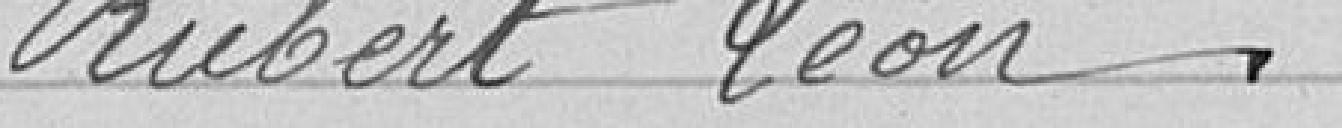
Rubert Léon